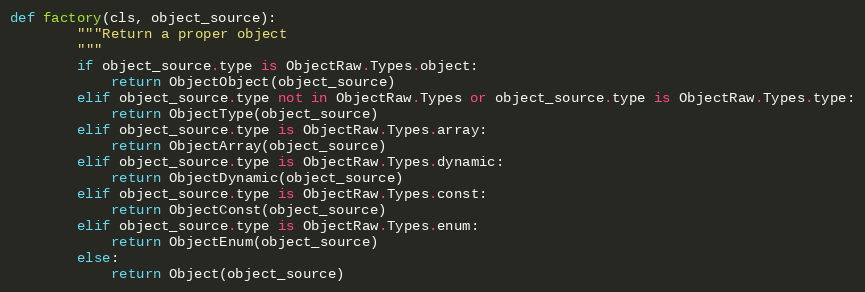
Language: Python
def factory(cls, object_source):
        """Return a proper object
        """
        if object_source.type is ObjectRaw.Types.object:
            return ObjectObject(object_source)
        elif object_source.type not in ObjectRaw.Types or object_source.type is ObjectRaw.Types.type:
            return ObjectType(object_source)
        elif object_source.type is ObjectRaw.Types.array:
            return ObjectArray(object_source)
        elif object_source.type is ObjectRaw.Types.dynamic:
            return ObjectDynamic(object_source)
        elif object_source.type is ObjectRaw.Types.const:
            return ObjectConst(object_source)
        elif object_source.type is ObjectRaw.Types.enum:
            return ObjectEnum(object_source)
        else:
            return Object(object_source)